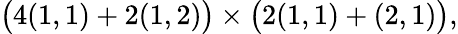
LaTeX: \big(4(1,1)+2(1,2)\big)\times\big(2(1,1)+(2,1)\big),